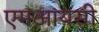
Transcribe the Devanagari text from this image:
एमआयसी